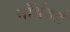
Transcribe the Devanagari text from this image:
नॉर्थवर्ड